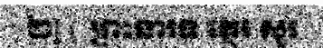
២] ( ព្រះនារទ ត្ថេរ សួរ